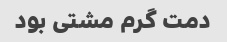
دمت گرم مشتی بود